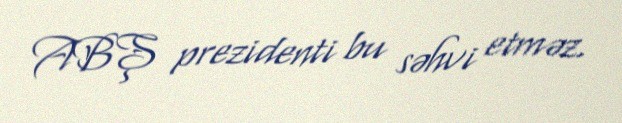
ABŞ prezidenti bu səhvi etməz.